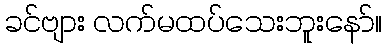
ခင်ဗျား လက်မထပ်သေးဘူးနော်။